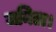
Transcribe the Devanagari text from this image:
जनिता।